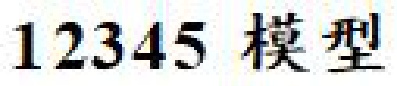
\(12345\) 模型